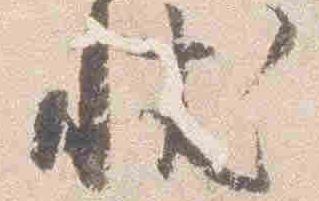
状